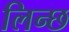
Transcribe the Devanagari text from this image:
लिन्छ